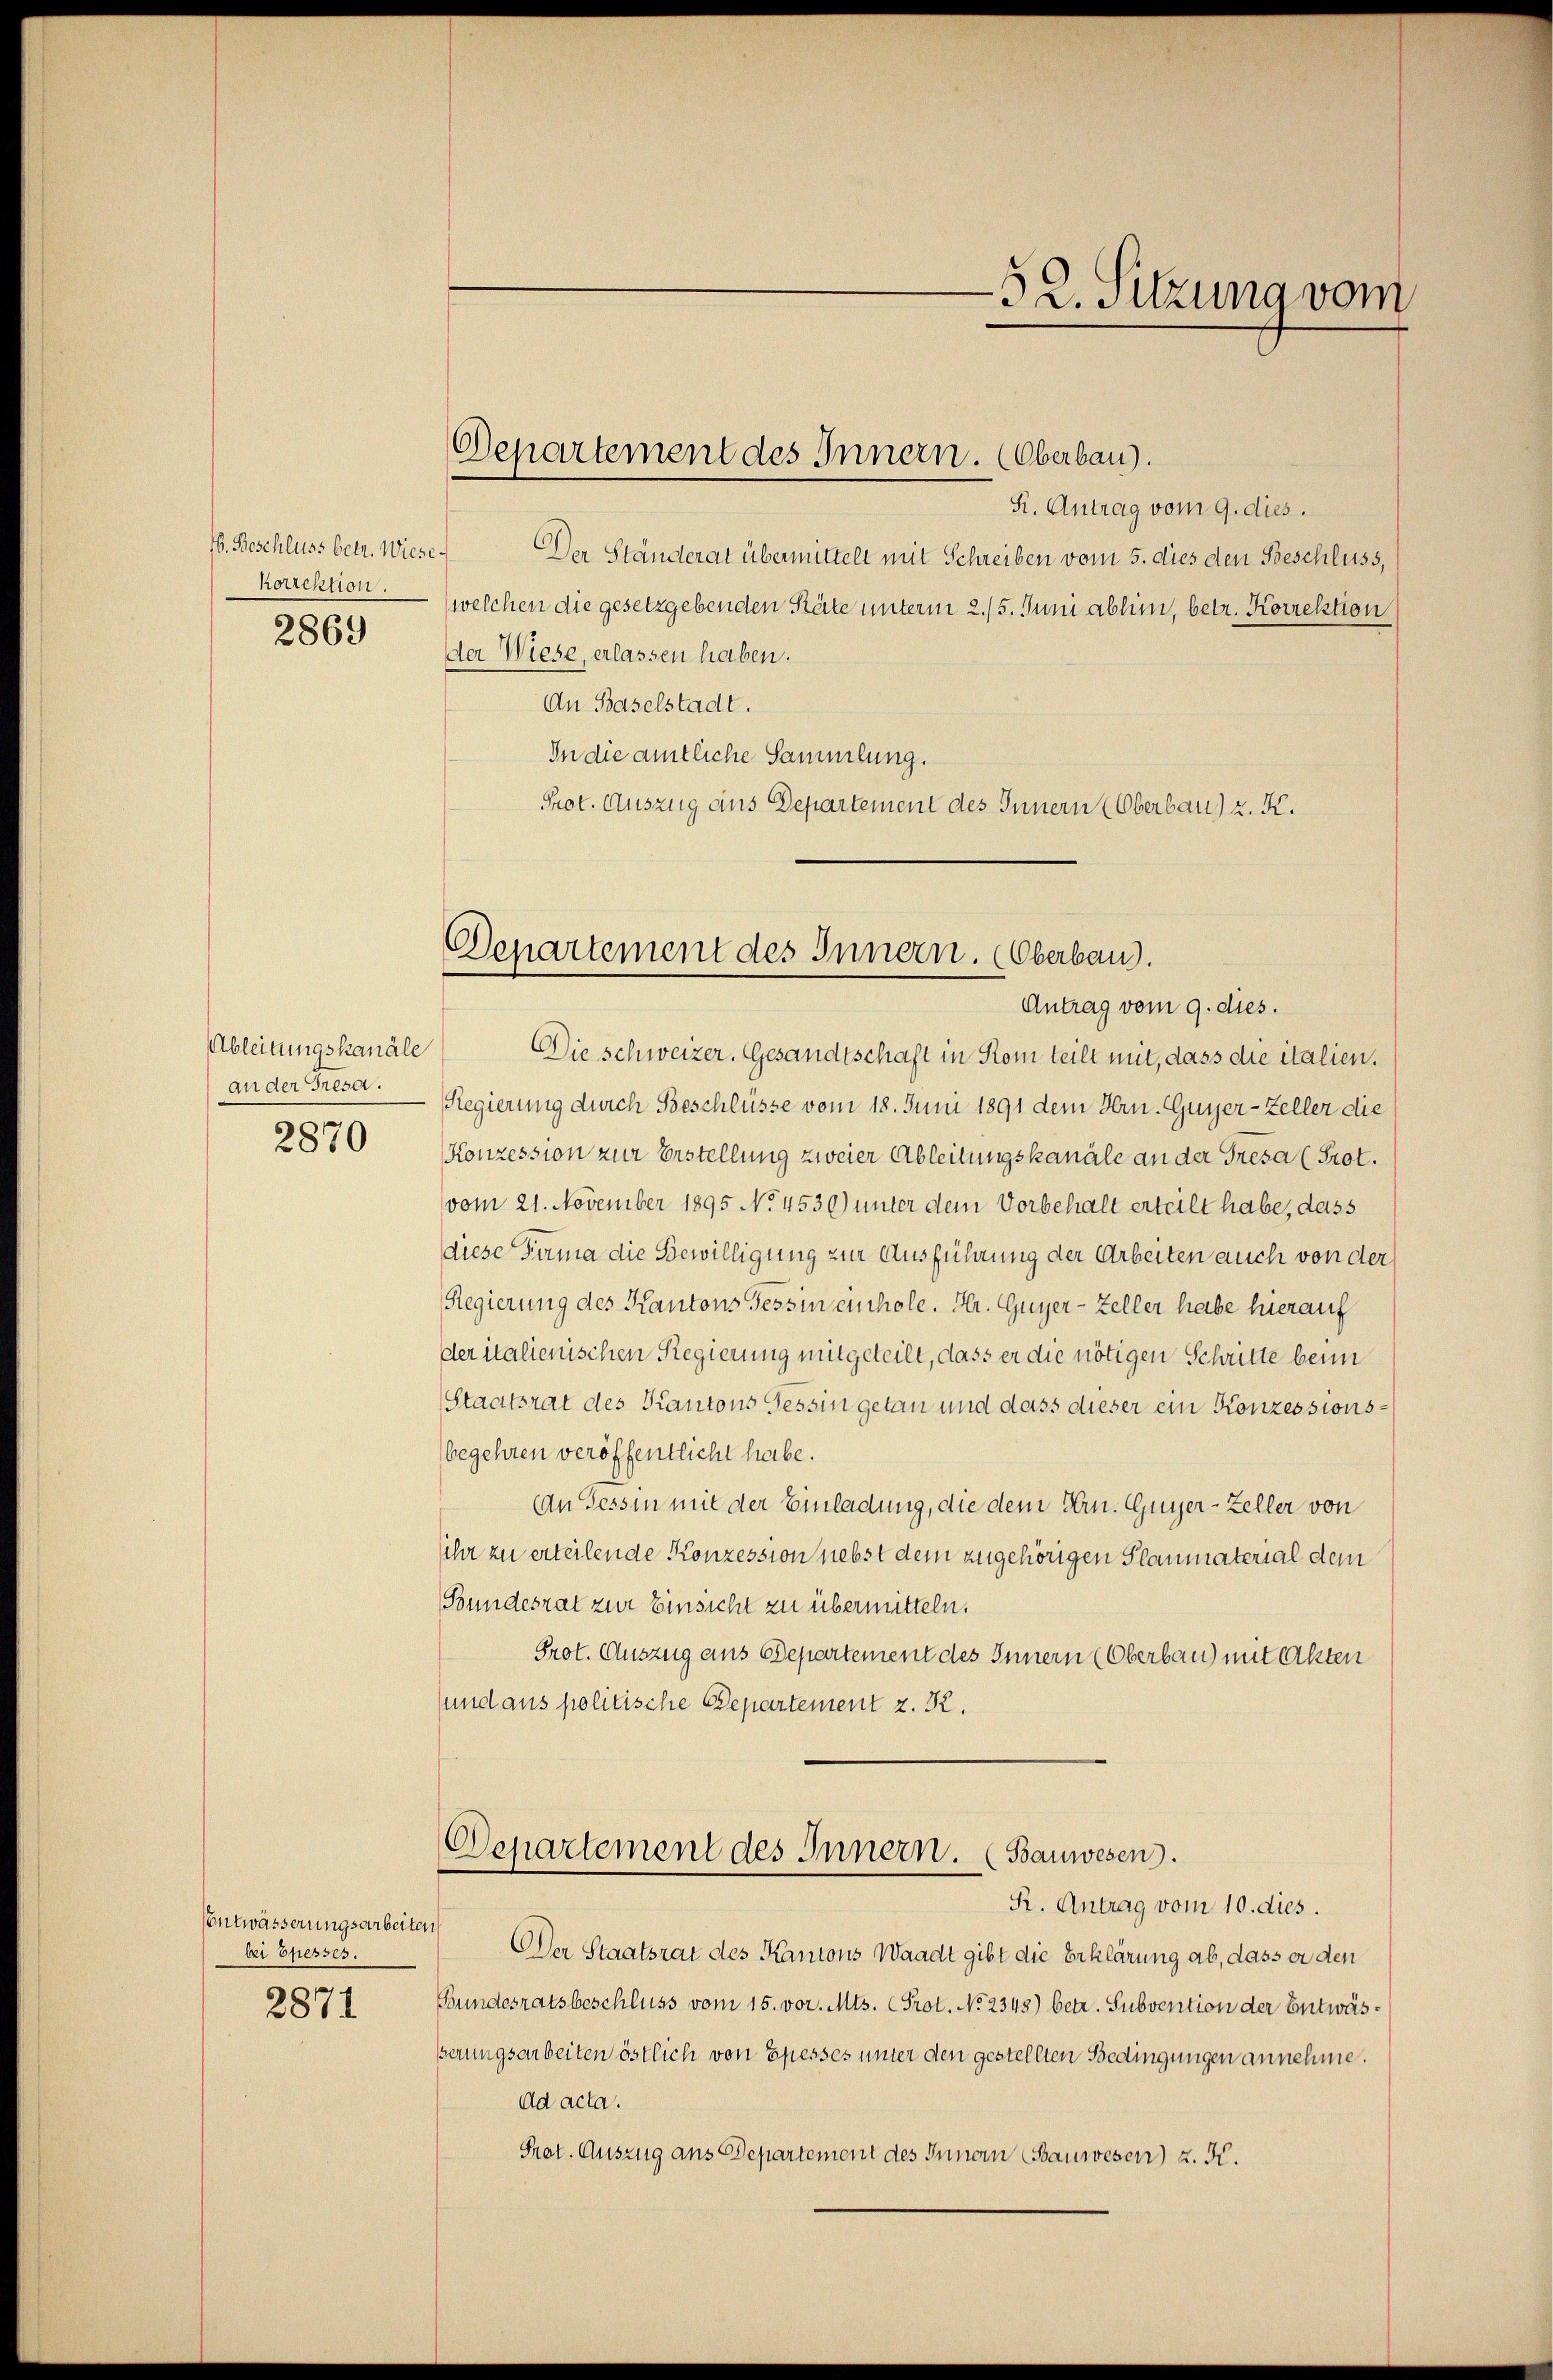
korrektion.
2869

Ableitungskanäle
an der Fresa.
2870

Entwässerungsarbeiten
bei Ehesses.
2871

Departement des Innern. (Oberbau).

S. Antrag vom 9. dies.
4. Beschluss betr. Wiese. Der Ständerat übermittelt mit Schreiben vom 5. dies den Beschluss,
welchen die gesetzgebenden Räte unterm 2./5. Juni abhin, betr. Korrektion
der Wiese, erlassen haben.
An Baselstadt.
In die amtliche Sammlung.
Prot. Auszug aus Departement des Innern (Oberbau) z. K.

Departement des Innern. Oberbau.
Antrag vom 9. dies.

Die schweizer. Gesandtschaft in Rom teilt mit, dass die italien.
Regierung durch Beschlüsse vom 18. Juni 1891 dem Hrn. Guyer-Zeller die
Konzession zur Erstellung zweier Ableitungskanäle an der Tresa (Prot.
vom 21. November 1895 No 4530) unter dem Vorbehalt erteilt habe, dass
diese Firma die Bewilligung zur Ausführung der Arbeiten auch von der
Regierung des Kantons Tessin einhole. Hr. Guyer-Zeller habe hierauf
der italienischen Regierung mitgeteilt, dass er die nötigen Schritte beim
Staatsrat des Kantons Tessin getan und dass dieser ein Konzessionsbegehren veröffentlicht habe.
An Tessin mit der Einladung, die dem Hrn. Guyer-Zeller von
ihr zu erteilende Konzession nebst dem zugehörigen Planmaterial dem
Bundesrat zur Einsicht zu übermitteln.
Prot. Auszug aus Departement des Innern (Oberbau mit Akten
sund aus politische Departement z. K.

Departement des Innern. (Bauwesen.
R. Antrag vom 10. dies.

Den Staatsrat des Kantons Waadt gibt die Erklärung ab, dass er den
Bundesratsbeschluss vom 15. vor. Mts. (Prot. No 2345) betr. Subvention der Entwäsßerungsarbeiten östlich von Epesses unter den gestellten Bedingungen annehme.
Ad acta.
Prot. Auszug aus Departement des Innern Bauwesen) z. K.

52. Sitzung vom